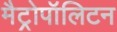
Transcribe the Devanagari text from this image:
मैट्रोपॉलिटन